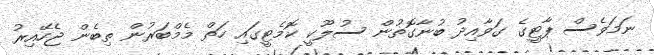
ނަމަވެސް ޕާޓީގެ ގަވާއިދު ބުނާގޮތުން ސުލޫކީ ކޮމެޓީގައި ހަތް މެމްބަރުން ތިބެން ޖެހޭއިރު